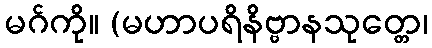
မဂ်ကို။ (မဟာပရိနိဗ္ဗာနသုတ္တေ၊